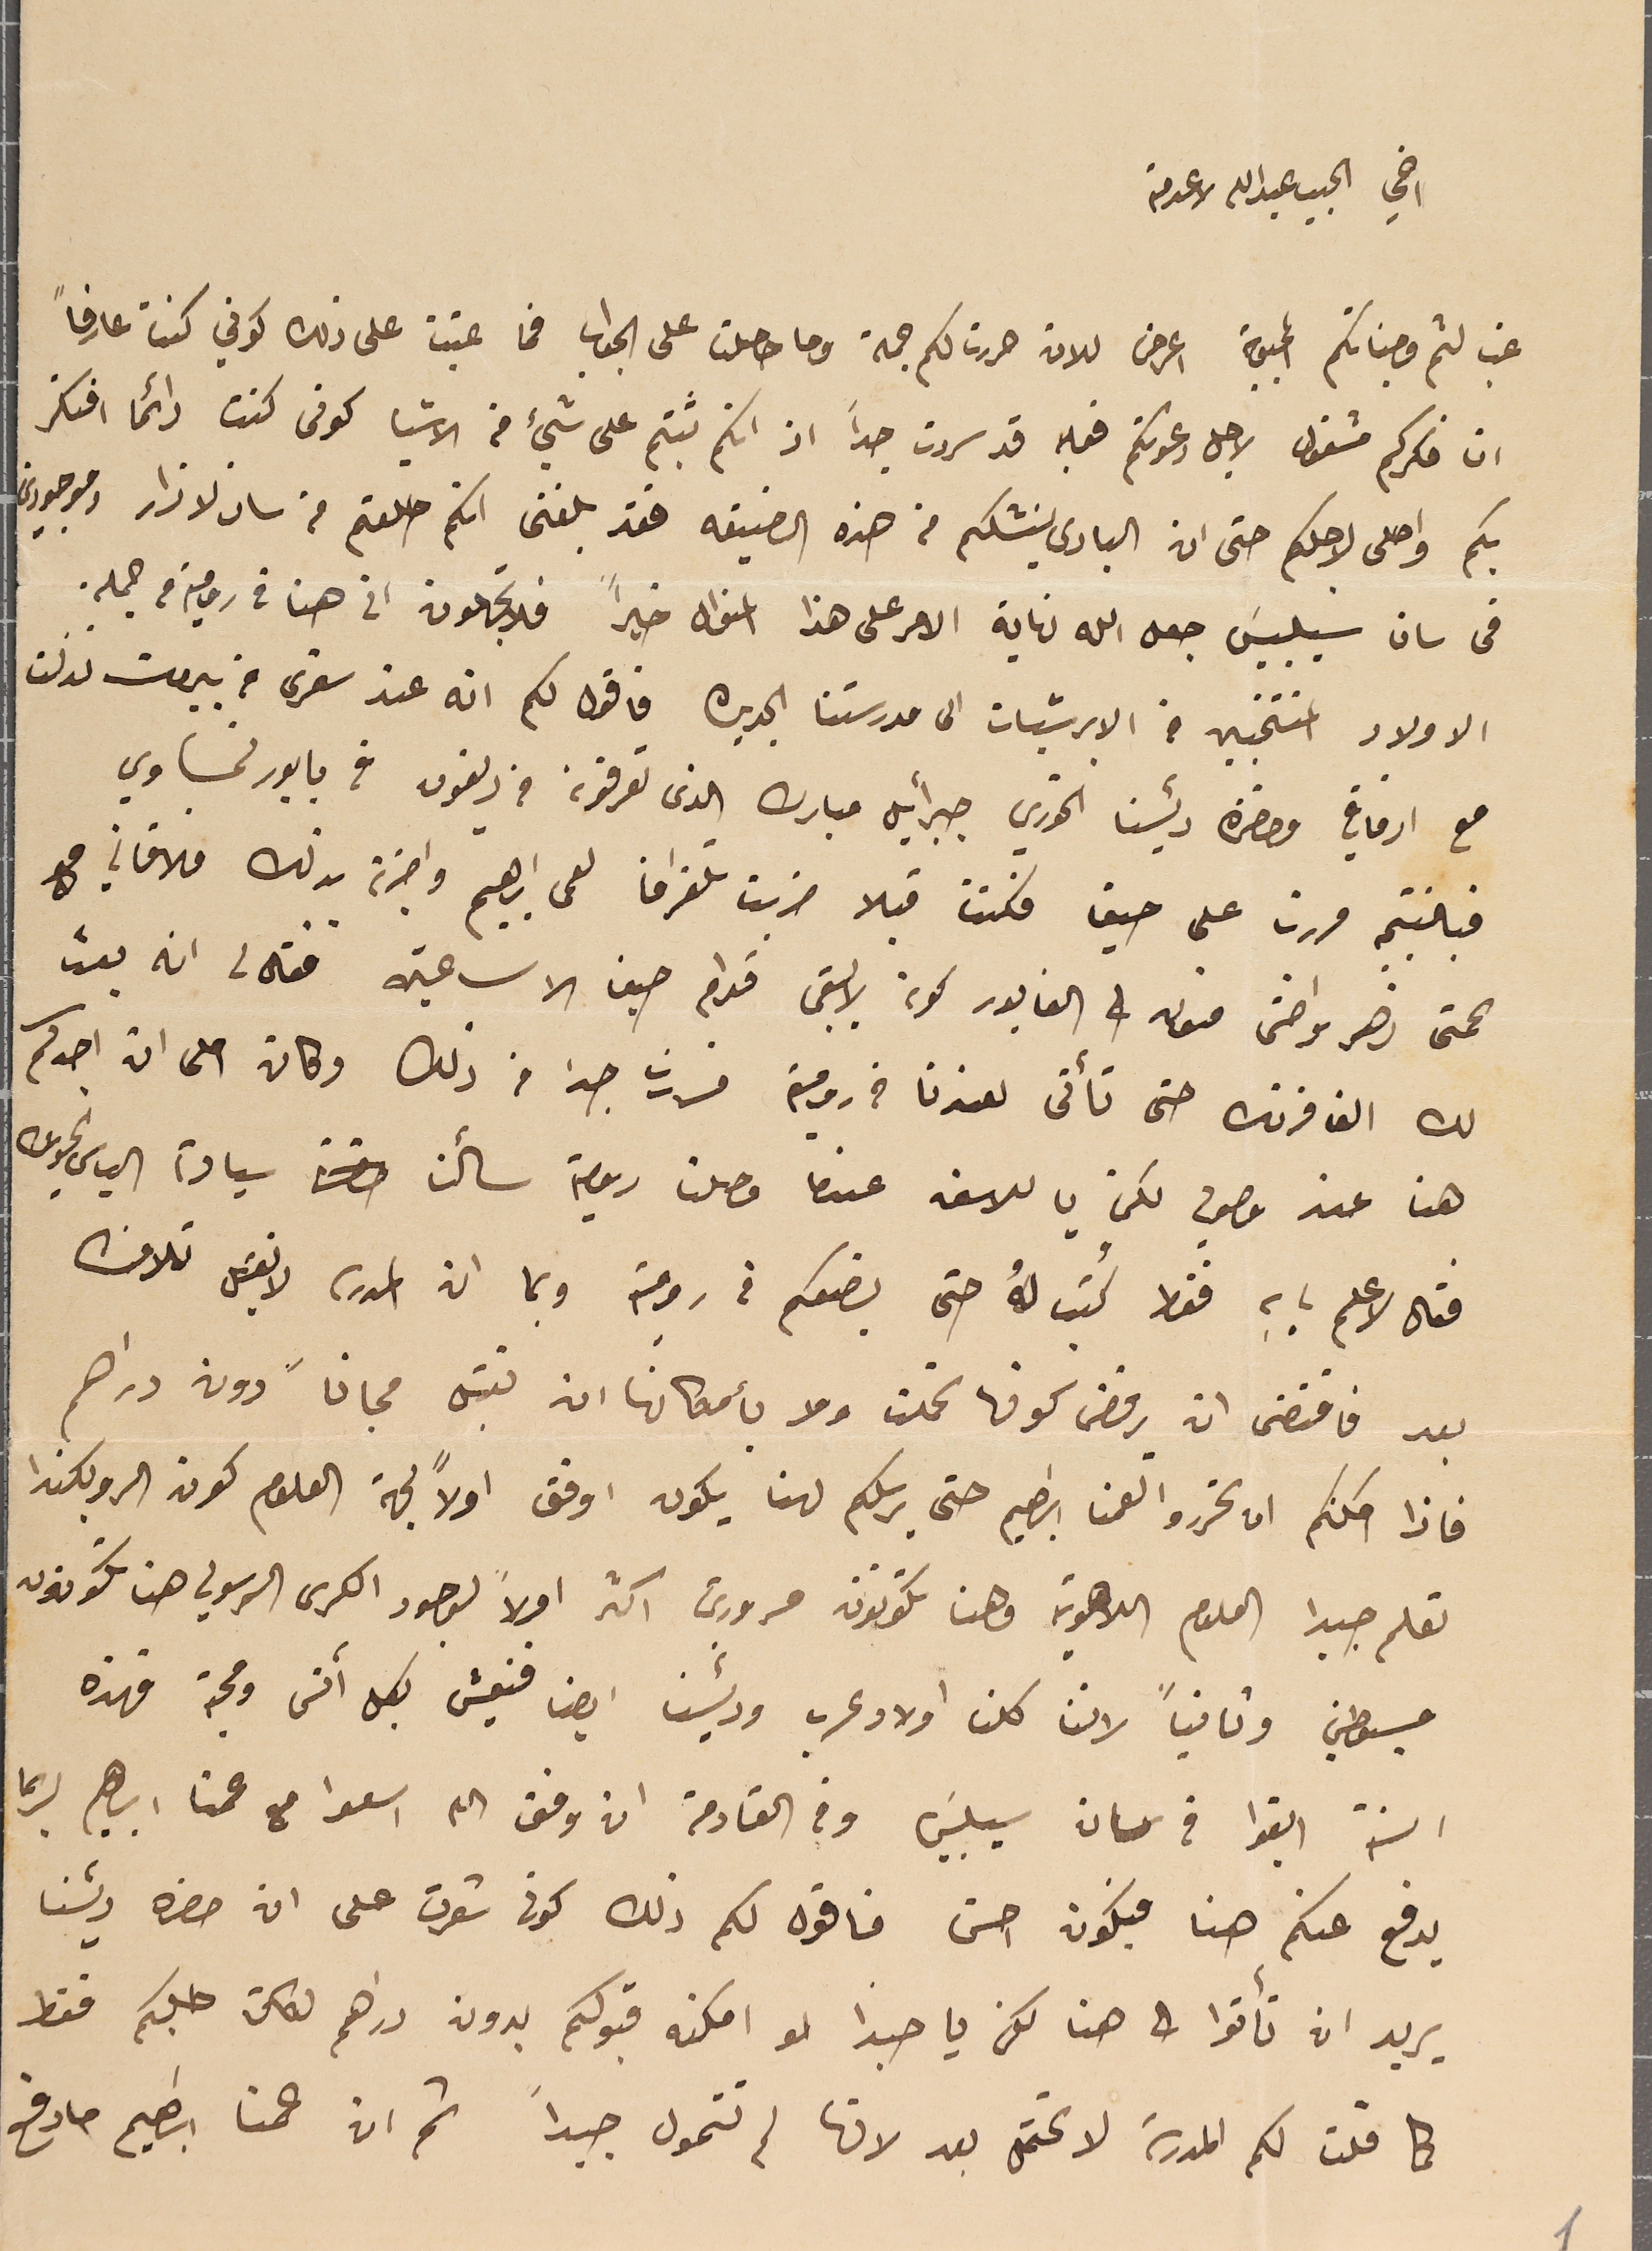
اخي الجبيب عبدالله لا عدمته
غب لثم وجناتكم المحبوبة اعرض للان حررت لكم جمة وما حصلت على الجواب فما عتبت على ذلك كوني كنت عارفاً
ان فكركم مشغول لاجل دعوتكم فعليه قد سررت جداً اذ انكم ثبتم على شيء من الاشيا كونى كنت دائما افتكر
بكم واصلى لاجلكم حتى ان البارى ينشلكم من هذه الضيقه فقد بلغنى انكم حللتم فى سان لازار وموجودين
 فى سان سيلبيسَ جعل الله نهاية الامر على هذا المنوال خيراً فلا تجهلون انى هنا فى رومية من جمله.
الاولاد المنتخبين من الابرشيات الى مدرستنا الجديره فاقول لكم انه عند سفرى من بيروت نزلت
مع ارفاقي وحضرة رئيسنا الخوري جبرائيل مبارك الذى تعرفونه من ريفون في بابور نمساوي
فبالنتيجه مررت على حيفا فكنت قبلا ضربت تلغرافا لعمى ابراهيم واخبرته بذلك فلاقاني مع
عمتى زهر واختى منون في الفابور كونه لايبقى قدام حيفا الا ساعتين فقال لى انه بعث
لك الف فرنك حتى تأئى لعندنا فى رومية فسررت جدا من ذلك وكان احلى ان اجدكم
 هنا عند وصولي لكن يا للاسف عندما وصلنا رومية سألنا سيادة الياس الحويك
فقال لاعلم بابه فقط كُتب لهُ حتى يضعكم في رومية وبما ان المدرسه لا تقبل تلامذه
بعد فاقتضى ان يرفض كونها تحملت ولا بامكانها ان تقبل مجاناً دون دراهم
فاذا امكنكم ان تحرروا لعمنا ابراهيم حتى يرسلكم لهنا يكون اوفق اولاً لجهة العلوم كون الروبكندا
 تعلم جيدا العلوم اللاهوتيه وهنا تكونون مسرورين اكثر اولاً بوجود الكرسى الرسولي هنا تكونون
مبسوطين وثانياً لاننا كلنا اولاد عرب ورئيسنا ايضا فنعيش بكل آنس ومحبة فهذه
السنة ابقوا في سان سيلبيسَ وفي القادمة ان وفق الله اسعوا مع عمنا ابرهيم لربما
يدفع عنكم هنا فيكون احسن فاقول لكم ذلك كونى شعرت على ان حضره رئيسنا
يريد ان تأتوا الى هنا لكن يا حبذا لو امكنه قبولكم بدون دراهم لكان طلبكم فقط
 كما قلت لكم المدرسَة لا تحتمل بعد لانها لم تتمول جيداً ثم ان عمنا ابراهيم ما دفع
1